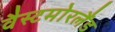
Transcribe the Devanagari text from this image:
वैस्टमोरलैंड